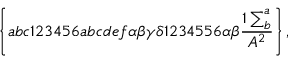
\left\{ a b c 1 2 3 4 5 6 a b c d e f \alpha \beta \gamma \delta 1 2 3 4 5 5 6 \alpha \beta \frac { 1 \sum _ { b } ^ { a } } { A ^ { 2 } } \right\} ,